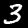
Label: 3